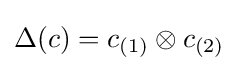
\Delta (c)=c_{(1)}\otimes c_{(2)}